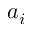
a _ { i }